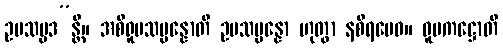
ဥပသမ္ပဒ”န္တိ။ အစိရူပသမ္ပန္နောတိ ဥပသမ္ပန္နော ဟုတွာ နစိရမေဝ။ ဝူပကဋ္ဌောတိ